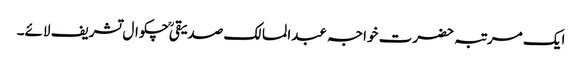
ایک مرتبہ حضرت خواجہ عبدالمالک صدیقیؒ چکوال تشریف لائے۔